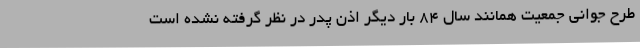
طرح جوانی جمعیت همانند سال ۸۴ بار دیگر اذن پدر در نظر گرفته نشده است